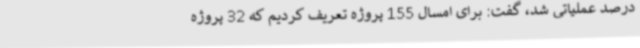
درصد عملیاتی شد، گفت: برای امسال 155 پروژه تعریف کردیم که 32 پروژه